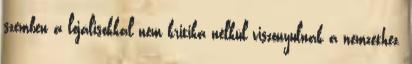
szemben a lojálisokkal nem kritika nélkül viszonyulnak a nemzethez,